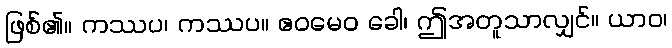
ဖြစ်၏။ ကဿပ၊ ကဿပ။ ဧဝမေဝ ခေါ၊ ဤအတူသာလျှင်။ ယာဝ၊